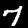
Label: 7